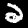
Label: 2